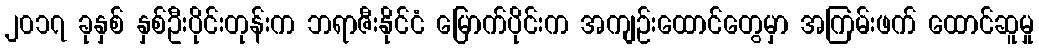
၂၀၁၇ ခုနှစ် နှစ်ဦးပိုင်းတုန်းက ဘရာဇီးနိုင်ငံ မြောက်ပိုင်းက အကျဉ်းထောင်တွေမှာ အကြမ်းဖက် ထောင်ဆူမှု